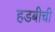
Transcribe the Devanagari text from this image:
हडबीची